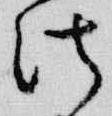
法